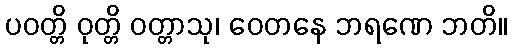
ပဝတ္တိ ဝုတ္တိ ဝတ္တာသု၊ ဝေတနေ ဘရဏေ ဘတိ။